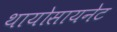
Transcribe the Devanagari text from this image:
थायोसायनेट